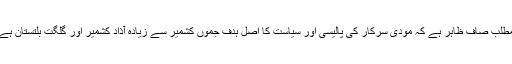
مطلب صاف ظاہر ہے کہ مودی سرکار کی پالیسی اور سیاست کا اصل ہدف جموں کشمیر سے زیادہ آذاد کشمیر اور گلگت بلتستان ہے۔